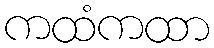
ကထံကထာ